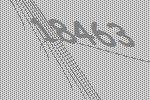
18463